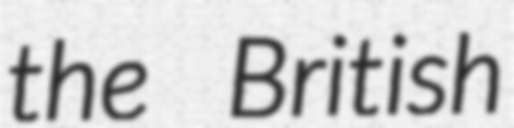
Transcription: the British